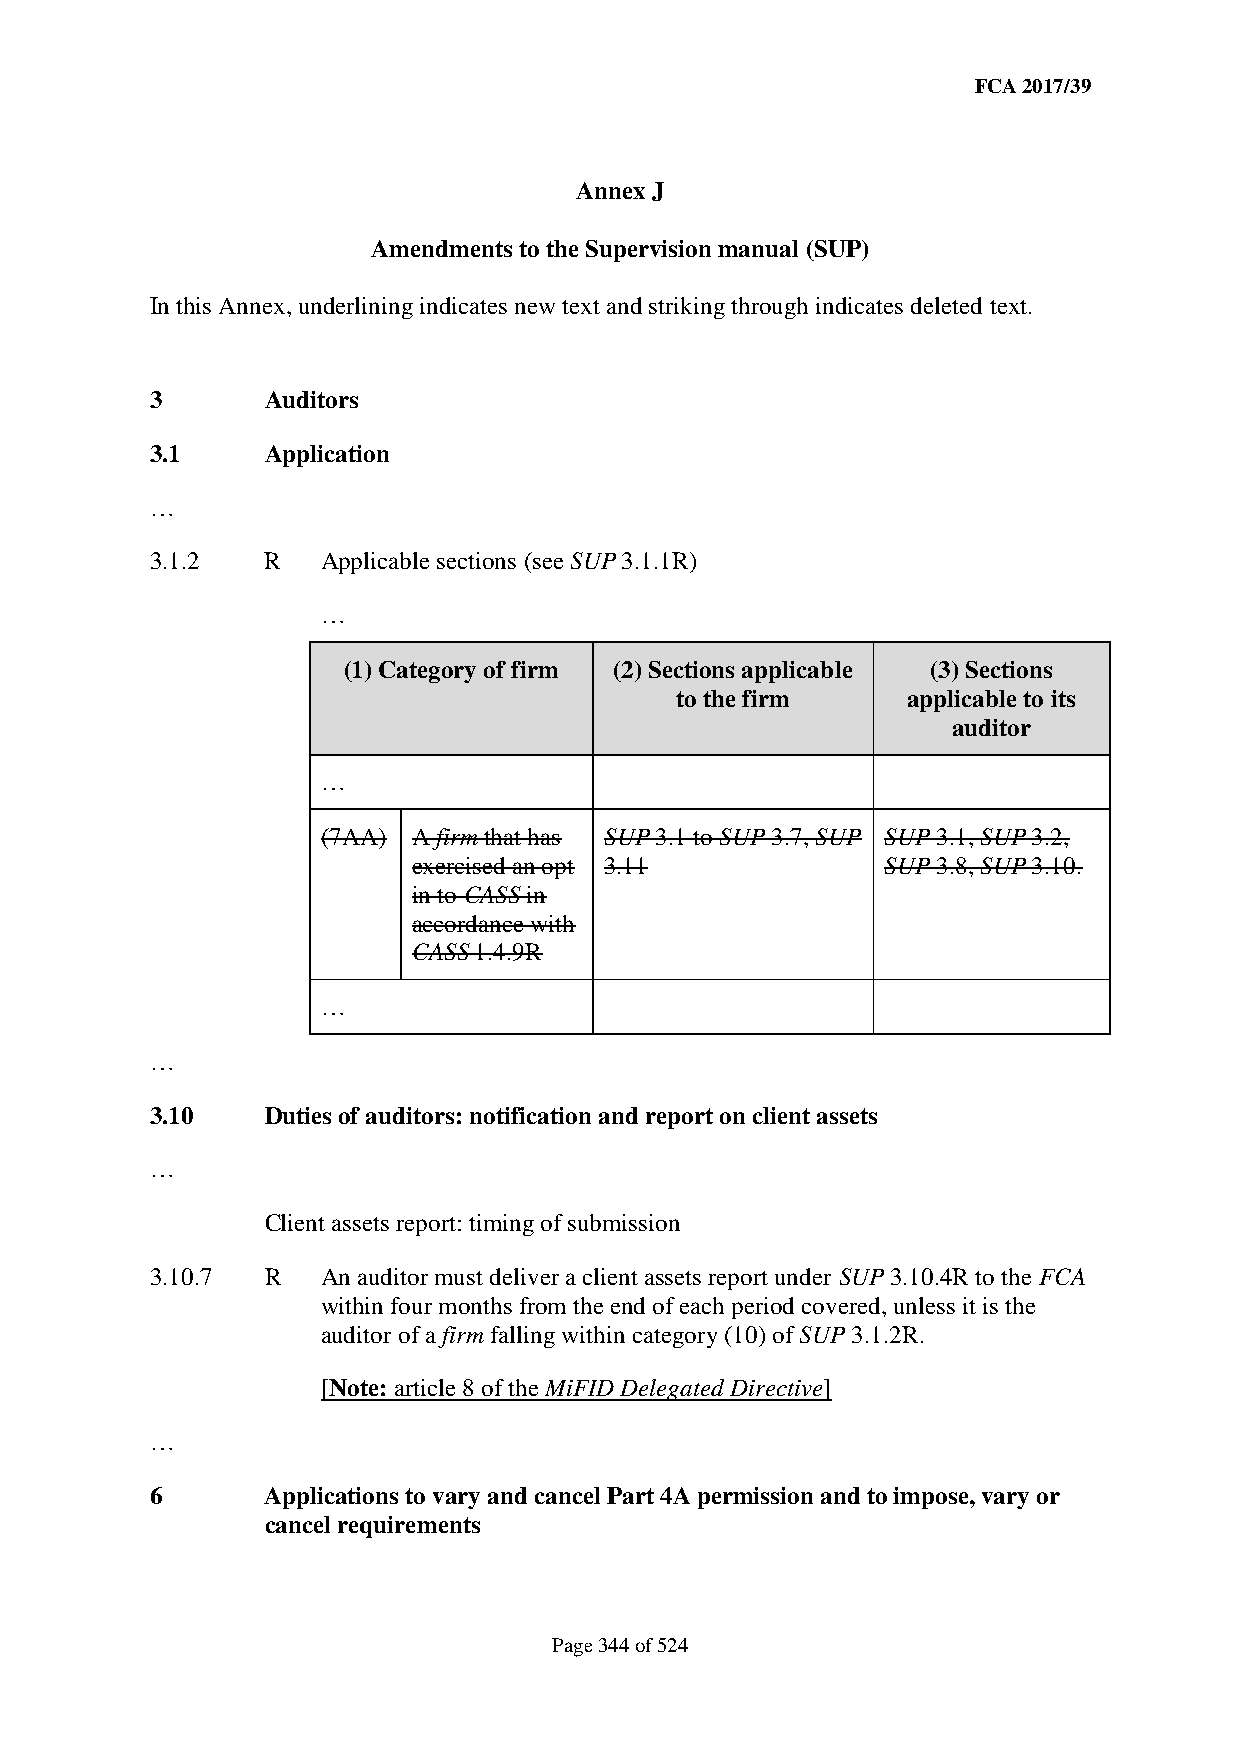
FCA 2017/39
 Annex J
 Amendments to the Supervision manual (SUP)
 In this Annex, underlining indicates new text and striking through indicates deleted text.
 3       Auditors
 3.1     Application
 …
 3.1.2   R  Applicable sections (see SUP 3.1.1R)
 …
 (1) Category of firm (2) Sections applicable (3) Sections
 to the firm    applicable to its
 auditor
 …
 (7AA) A firm that has SUP 3.1 to SUP 3.7, SUP SUP 3.1, SUP 3.2,
 exercised an opt 3.11           SUP 3.8, SUP 3.10.
 in to CASS in
 accordance with
 CASS 1.4.9R
 …
 …
 3.10    Duties of auditors: notification and report on client assets
 …
 Client assets report: timing of submission
 3.10.7  R  An auditor must deliver a client assets report under SUP 3.10.4R to the FCA
 within four months from the end of each period covered, unless it is the
 auditor of a firm falling within category (10) of SUP 3.1.2R.
 [Note: article 8 of the MiFID Delegated Directive]
 …
 6       Applications to vary and cancel Part 4A permission and to impose, vary or
 cancel requirements
 Page 344 of 524